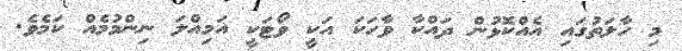
މި ހާލަތުގައި އެއްކޮޅުން ދައްކާ ވާހަކަ އަކީ ވޯޓަކީ އަމިއްލަ ނިންމުމެއް ކަމެވެ.